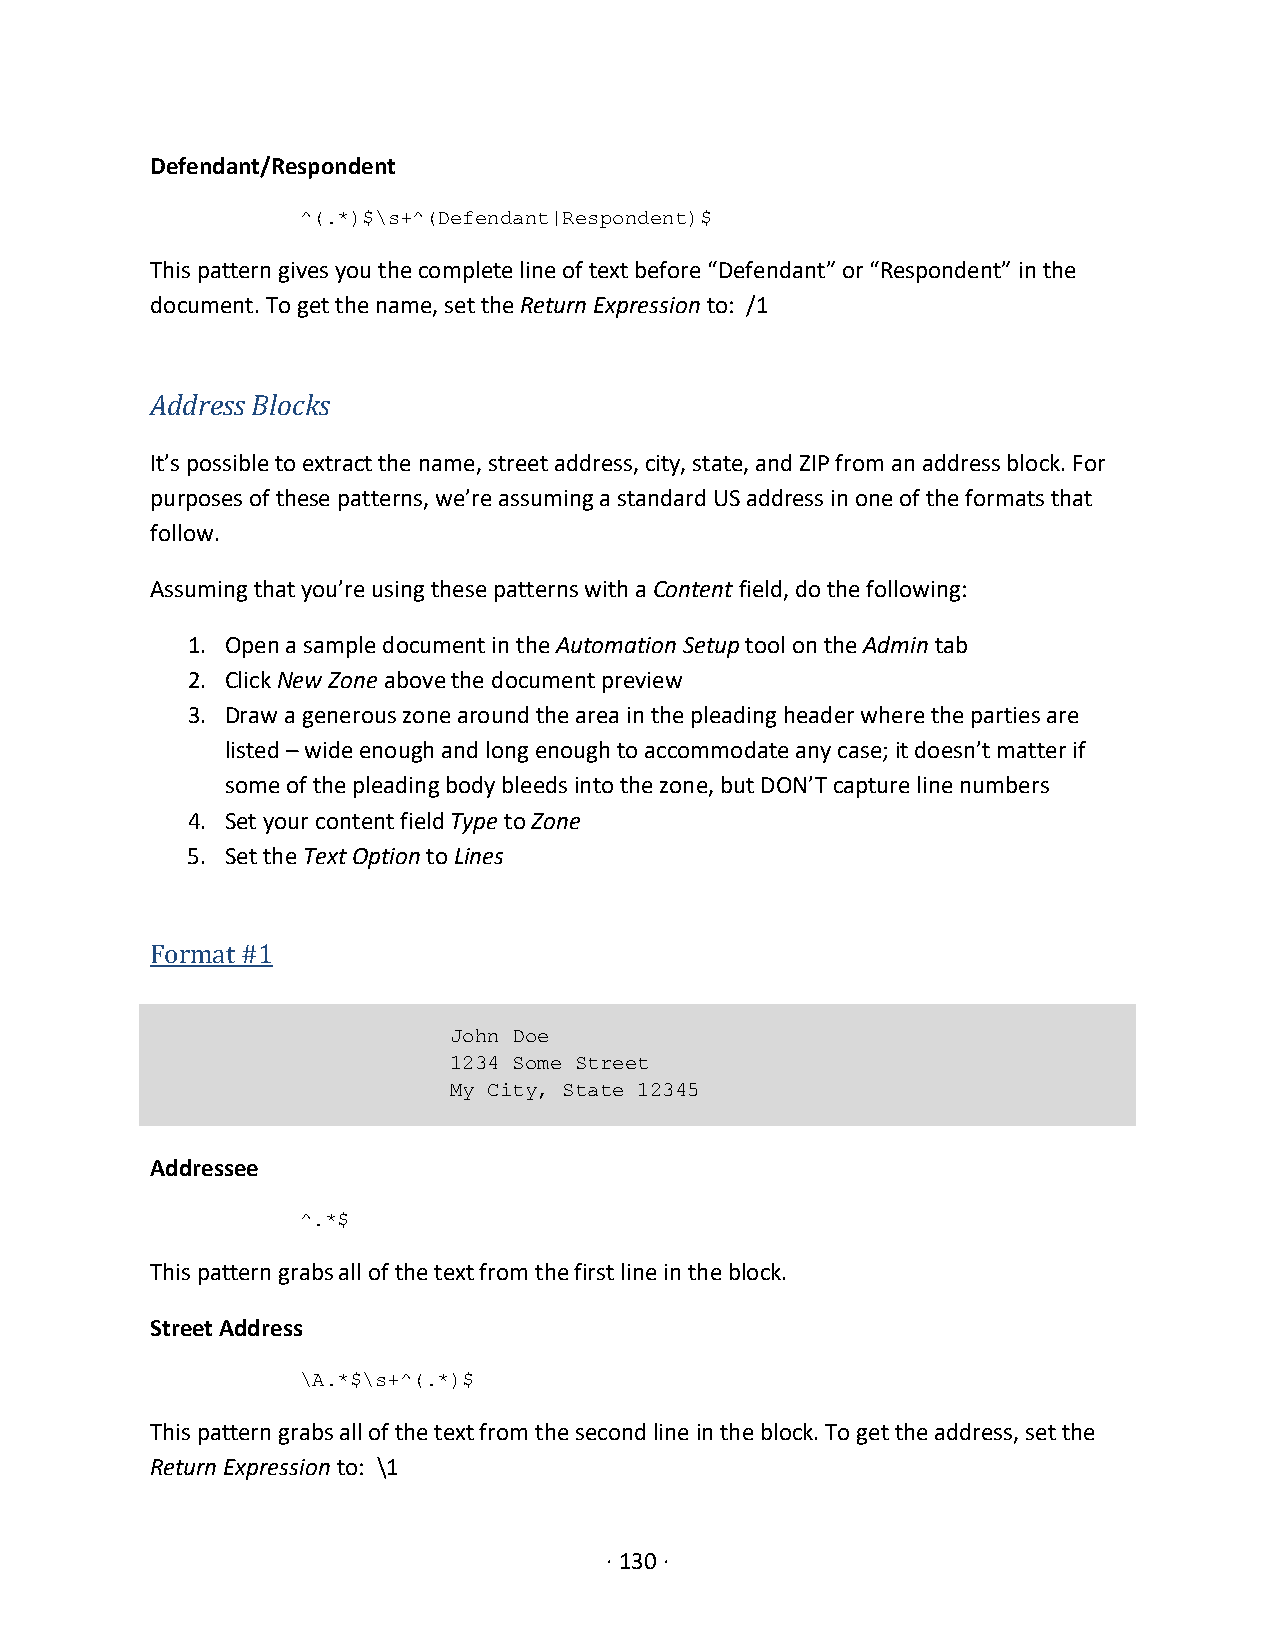
Defendant/Respondent
 ^(.*)$\s+^(Defendant|Respondent)$
 This pattern gives you the complete line of text before “Defendant” or “Respondent” in the
 document. To get the name, set the Return Expression to: /1
 Address Blocks
 It’s possible to extract the name, street address, city, state, and ZIP from an address block. For
 purposes of these patterns, we’re assuming a standard US address in one of the formats that
 follow.
 Assuming that you’re using these patterns with a Content field, do the following:
 1. Open a sample document in the Automation Setup tool on the Admin tab
 2. Click New Zone above the document preview
 3. Draw a generous zone around the area in the pleading header where the parties are
 listed – wide enough and long enough to accommodate any case; it doesn’t matter if
 some of the pleading body bleeds into the zone, but DON’T capture line numbers
 4. Set your content field Type to Zone
 5. Set the Text Option to Lines
 Format #1
 John Doe
 1234 Some Street
 My City, State 12345
 Addressee
 ^.*$
 This pattern grabs all of the text from the first line in the block.
 Street Address
 \A.*$\s+^(.*)$
 This pattern grabs all of the text from the second line in the block. To get the address, set the
 Return Expression to: \1
 · 130 ·